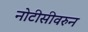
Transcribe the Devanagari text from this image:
नोटीसीवरुन